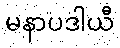
မနာပဒါယီ